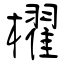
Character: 櫂